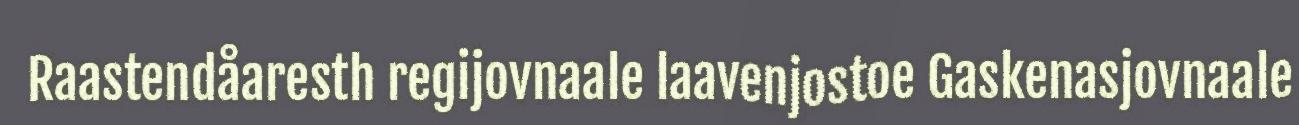
Raastendåaresth regijovnaale laavenjostoe Gaskenasjovnaale